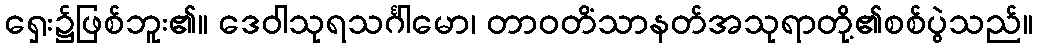
ရှေး၌ဖြစ်ဘူး၏။ ဒေဝါသုရသင်္ဂါမော၊ တာဝတိံသာနတ်အသုရာတို့၏စစ်ပွဲသည်။